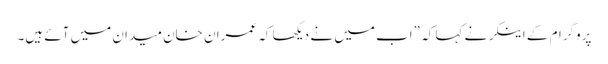
پروگرام کے اینکر نے کہا کہ ”اب میں نے دیکھا کہ عمران خان میدان میں آئے ہیں۔